Scottish Leaving Certificate Examination, 1961
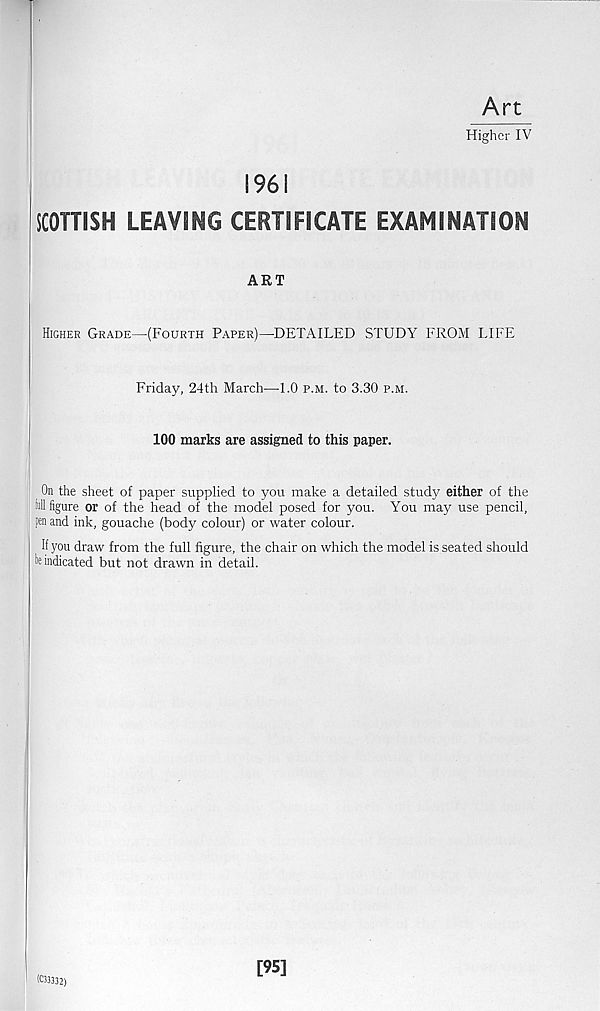
Art
Higher IV
1961
SCOTTISH LEAVING CERTIFICATE EXAMINATION
ART
Higher Grade—(Fourth Paper)—DETAILED STUDY FROM LIFE
Friday, 24th March—-1.0 p.m. to 3.30 p.m.
100 marks are assigned to this paper.
On the sheet of paper supplied to you make a detailed study either of the
full figure or of the head of the model posed for you. You may use pencil,
pen and ink, gouache (body colour) or water colour.
If you draw from the full figure, the chair on which the model is seated should
Vindicated but not drawn in detail.
(C33332)
[95]